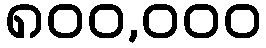
၈၀၀,၀၀၀